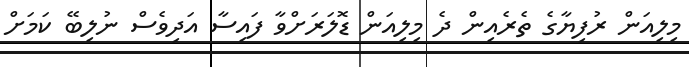
މިލިއަން ރުފިޔާގެ ތެރެއިން ދެ މިލިއަން ޑޮލަރަށްވާ ފައިސާ އަދިވެސް ނުލިބޭ ކަމަށް